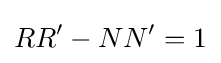
RR'-NN'=1